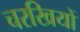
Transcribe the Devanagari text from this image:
चरखियों